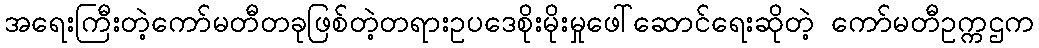
အရေးကြီးတဲ့ကော်မတီတခုဖြစ်တဲ့တရားဥပဒေစိုးမိုးမှုဖေါ်ဆောင်ရေးဆိုတဲ့ ကော်မတီဥက္ကဌက